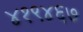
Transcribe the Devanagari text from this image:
४१९४६७